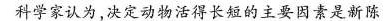
科学家认为，决定动物活得长短的主要因素是新陈